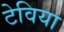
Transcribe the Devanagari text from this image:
टेविया